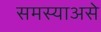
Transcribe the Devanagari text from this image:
समस्याअसे